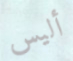
أليس